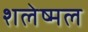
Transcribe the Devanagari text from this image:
शलेष्मल